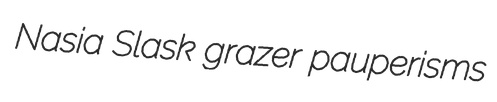
Nasia Slask grazer pauperisms